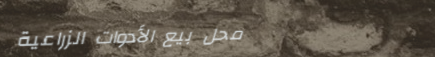
محل بيع الأدوات الزراعية